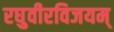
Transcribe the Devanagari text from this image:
रघुवीरविजयम्